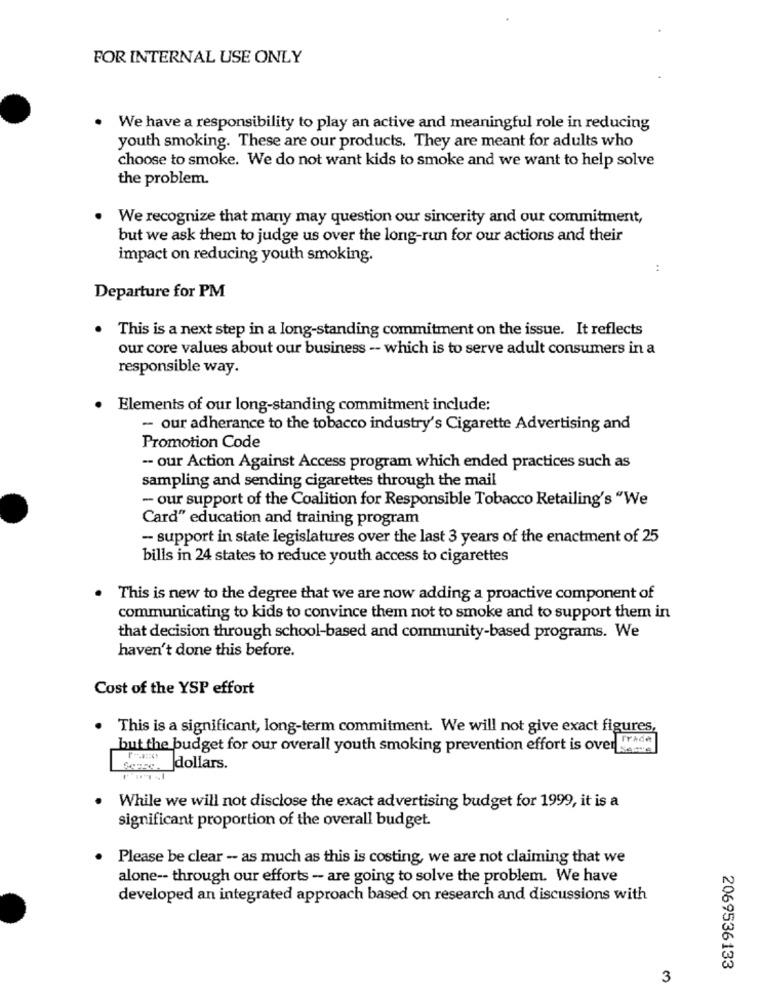
FOR INTERNAL USE ONLY
We have a responsibility to play an active and meaningful role in reducing
youth smoking. These are our products. They are meant for adults who
choose to smoke. We do not want kids to smoke and we want to help solve
the problem.
We recognize that many may question our sincerity and our commitment,
but we ask them to judge us over the long-run for our actions and their
impact on reducing youth smoking.
:
Departure for PM
This is a next step in a long-standing commitment on the issue. It reflects
our core values about our business -- which is to serve adult consumers in a
responsible way.
.
Elements of our long-standing commitment include:
- our adherance to the tobacco industry's Cigarette Advertising and
Promotion Code
-- our Action Against Access program which ended practices such as
sampling and sending cigarettes through the mail
- our support of the Coalition for Responsible Tobacco Retailing's "We
Card" education and training program
- support in state legislatures over the last 3 years of the enactment of 25
bills in 24 states to reduce youth access to cigarettes
This is new to the degree that we are now adding a proactive component of
communicating to kids to convince them not to smoke and to support them in
that decision through school-based and community-based programs. We
haven't done this before.
Cost of the YSP effort
This is a significant, long-term commitment. We will not give exact figures,
Trade
but the budget for our overall youth smoking prevention effort is over
some
Serce. dollars.
While we will not disclose the exact advertising budget for 1999, it is a
significant proportion of the overall budget.
Please be clear - as much as this is costing, we are not claiming that we
alone -- through our efforts - are going to solve the problem. We have
developed an integrated approach based on research and discussions with
2069536133
3